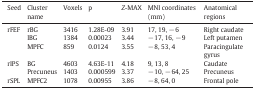
<table><thead><tr><td><b>Seed</b></td><td><b>Cluster name</b></td><td><b>Voxels</b></td><td><b>p</b></td><td><b><i>Z</i>-MAX</b></td><td><b>MNI coordinates (mm)</b></td><td><b>Anatomical regions</b></td></tr></thead><tbody><tr><td rowspan="3">rFEF</td><td>rBG</td><td>3416</td><td>1.28E-09</td><td>3.91</td><td>17, 19, − 6</td><td>Right caudate</td></tr><tr><td>lBG</td><td>1384</td><td>0.00023</td><td>3.44</td><td>− 17, 16, − 9</td><td>Left putamen</td></tr><tr><td>MPFC</td><td>859</td><td>0.0124</td><td>3.55</td><td>− 8, 53, 4</td><td>Paracingulate gyrus</td></tr><tr><td rowspan="2">rIPS</td><td>BG</td><td>4603</td><td>4.63E-11</td><td>4.18</td><td>9, 13, 8</td><td>Caudate</td></tr><tr><td>Precuneus</td><td>1403</td><td>0.000599</td><td>3.37</td><td>− 10, − 64, 25</td><td>Precuneus</td></tr><tr><td>rSPL</td><td>MPFC2</td><td>1078</td><td>0.00955</td><td>3.86</td><td>− 8, 64, 0</td><td>Frontal pole</td></tr></tbody></table>